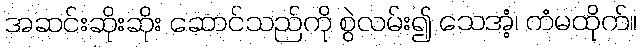
အဆင်းဆိုးဆိုး ဆောင်သည်ကို စွဲလမ်း၍ သေအံ့၊ ကံမထိုက်။